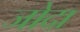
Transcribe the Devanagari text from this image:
जोदा